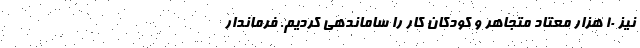
نیز ۱۰ هزار معتاد متجاهر و کودکان کار را ساماندهی کردیم. فرماندار